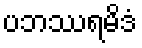
ပဘဿရမိဒံ